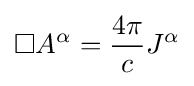
\Box A^{\alpha }={\frac {4\pi }{c}}J^{\alpha }